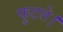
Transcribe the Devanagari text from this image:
फुटते।